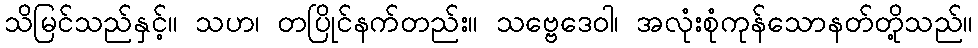
သိမြင်သည်နှင့်။ သဟ၊ တပြိုင်နက်တည်း။ သဗ္ဗေဒေဝါ၊ အလုံးစုံကုန်သောနတ်တို့သည်။